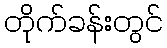
တိုက်ခန်းတွင်